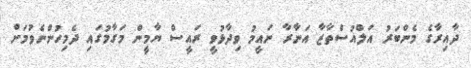
ދާއިރާގެ މެންބަރު އަލްއުސްތާޒާ އަނާރާ ނައީމު ވިދާޅުވީ ރައީސް ޔާމީން މަގާމުގައި ދެމިހުންނެވުމަށް